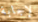
لإجابة